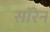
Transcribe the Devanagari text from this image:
सॉरेन